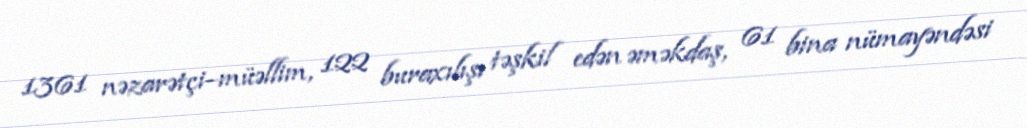
1361 nəzarətçi–müəllim, 122 buraxılışı təşkil edən əməkdaş, 61 bina nümayəndəsi